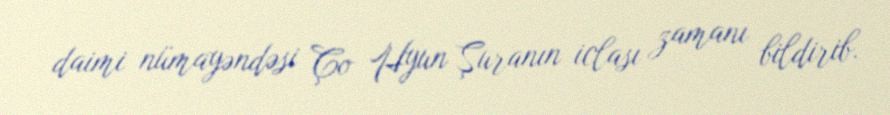
daimi nümayəndəsi Ço Hyun Şuranın iclası zamanı bildirib.